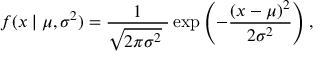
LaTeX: f ( x \mid \mu , \sigma ^ { 2 } ) = { \frac { 1 } { { \sqrt { 2 \pi \sigma ^ { 2 } } } \ } } \exp \left( - { \frac { ( x - \mu ) ^ { 2 } } { 2 \sigma ^ { 2 } } } \right) ,